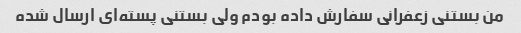
من بستنی زعفرانی سفارش داده بودم ولی بستنی پسته‌ای ارسال شده